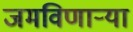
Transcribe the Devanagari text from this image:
जमविणार्‍या